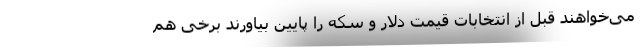
می‌خواهند قبل از انتخابات قیمت دلار و سکه را پایین بیاورند برخی هم